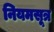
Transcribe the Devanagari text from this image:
नियमसूत्र